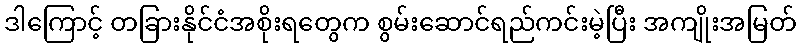
ဒါကြောင့် တခြားနိုင်ငံအစိုးရတွေက စွမ်းဆောင်ရည်ကင်းမဲ့ပြီး အကျိုးအမြတ်